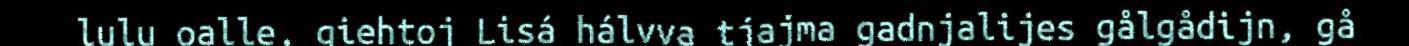
lulu oalle, giehtoj Lisá hálvva tjajma gadnjalijes gålgådijn, gå